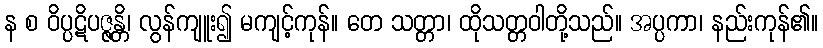
န စ ဝိပ္ပဋိပဇ္ဇန္တိ၊ လွန်ကျူး၍ မကျင့်ကုန်။ တေ သတ္တာ၊ ထိုသတ္တဝါတို့သည်။ အပ္ပကာ၊ နည်းကုန်၏။